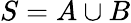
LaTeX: S=A\cup B